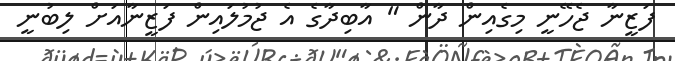
ފަޒީނާ ޖެހޭނީ މިގެއިން ދާން " އާބިދާގެ އެ ޖުމުލައިން ފަޒީނާއަށް ލިބުނީ